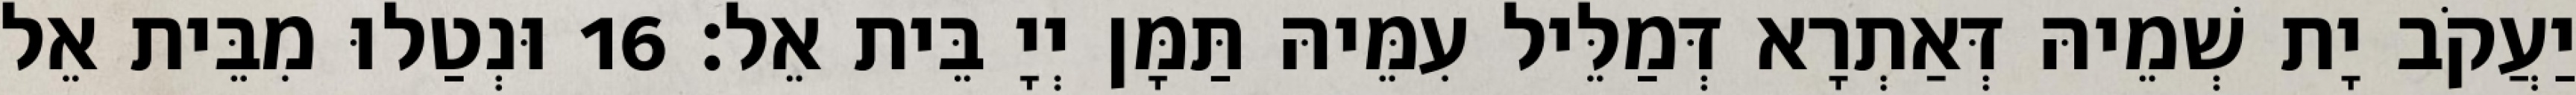
יַעֲקֹב יָת שְׁמֵיהּ דְּאַתְרָא דְּמַלֵּיל עִמֵּיהּ תַּמָּן יְיָ בֵּית אֵל׃ 16 וּנְטַלוּ מִבֵּית אֵל